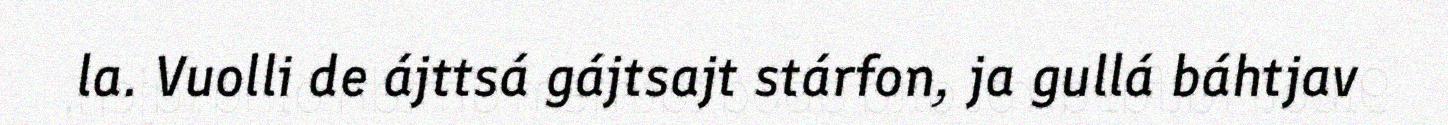
la. Vuolli de ájttsá gájtsajt stárfon, ja gullá báhtjav